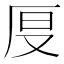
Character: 𠩒